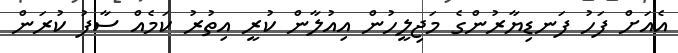
އެއަށް ފަހު ފަނޑިޔާރުންގެ މަޖިލީހުން އިއުލާން ކުރީ އިތުރު ކަމެއް ސާފު ކުރަން